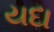
યદા